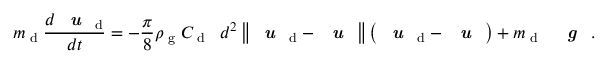
m _ { \textup { d } } \frac { d { \textbf { \textit { u } } } _ { \mathrm { d } } } { d t } = - \frac { \pi } { 8 } \rho _ { \textup { g } } C _ { \textup { d ~ } } d ^ { 2 } \left\| \textbf { \textit { u } } _ { \mathrm { d } } - \textbf { \textit { u } } \right\| \left( \textbf { \textit { u } } _ { \mathrm { d } } - \textbf { \textit { u } } \right) + m _ { \textup { d ~ } } \textbf { \textit { g } } .